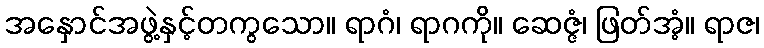
အနှောင်အဖွဲ့နှင့်တကွသော။ ရာဂံ၊ ရာဂကို။ ဆေဇ္ဇံ၊ ဖြတ်အံ့။ ရာဇ၊